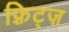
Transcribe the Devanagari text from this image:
फ़्रिट्ज़